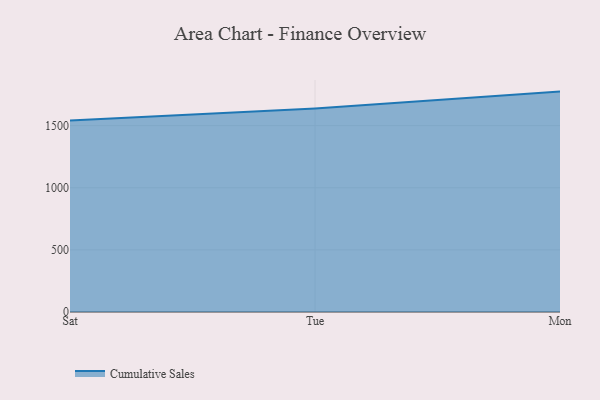
{"axis": {"x": "Day", "y": "Production Output"}, "legend": ["Cumulative Sales"], "data": [{"x": "Sat", "y": 1541.6, "type": "Cumulative Sales"}, {"x": "Tue", "y": 1638.4, "type": "Cumulative Sales"}, {"x": "Mon", "y": 1773.7, "type": "Cumulative Sales"}]}